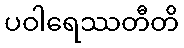
ပဝါရေဿတီတိ